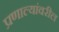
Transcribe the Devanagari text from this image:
प्रणाल्यांवरील